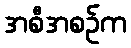
အစီအစဉ်က